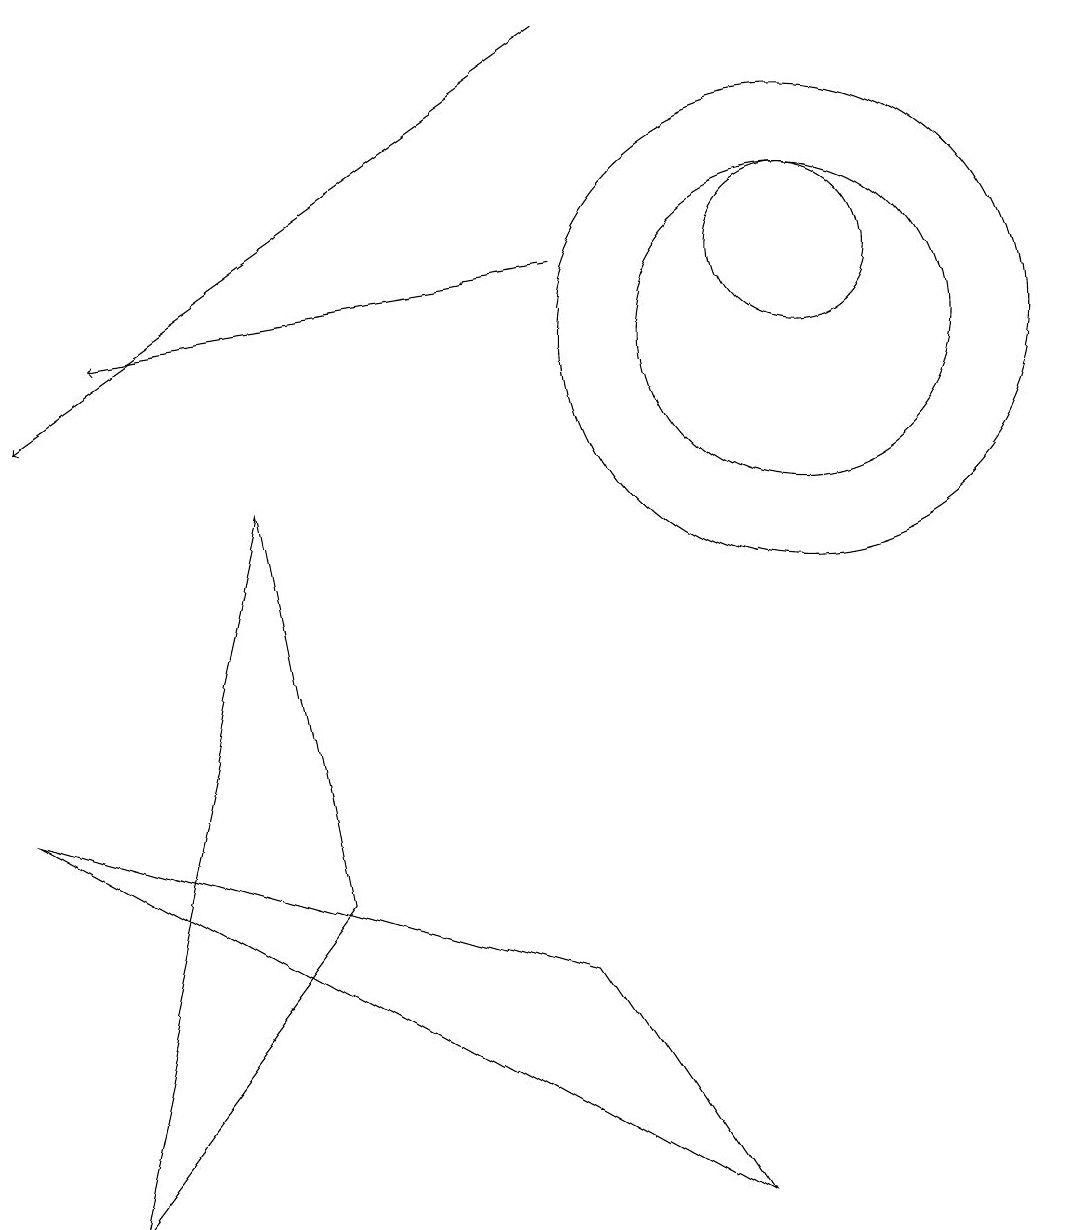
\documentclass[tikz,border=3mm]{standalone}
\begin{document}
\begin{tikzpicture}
\draw[->] (7,15) -- (0,10);
\draw (10,12) circle (1);
\draw (9,0) -- (0,5) -- (7,3) -- cycle;
\draw[->] (7,12) -- (1,11);
\draw (10,11) circle (3);
\draw (4,4) -- (1,0) -- (3,9) -- cycle;
\draw (10,11) circle (2);
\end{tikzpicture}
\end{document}